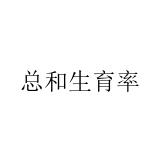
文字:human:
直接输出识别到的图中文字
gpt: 总和生育率